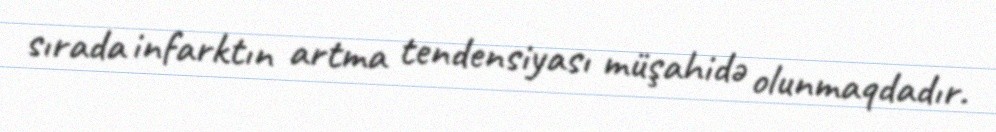
sırada infarktın artma tendensiyası müşahidə olunmaqdadır.